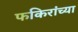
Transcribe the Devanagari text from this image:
फकिरांच्या